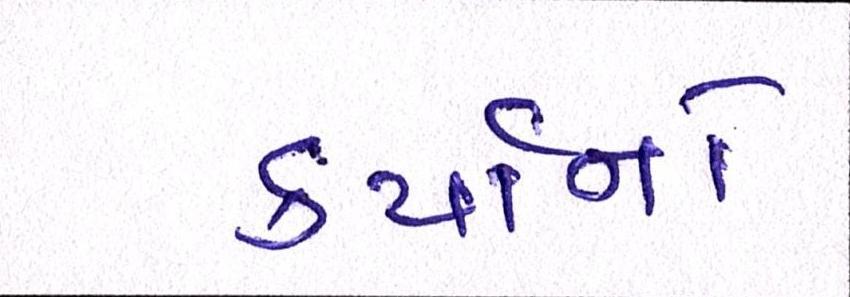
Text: કર્યાનો